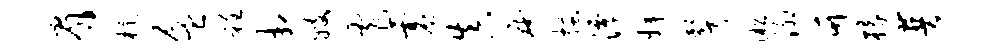
眉杭盆衽相嫂窄虚真庵搔潭婢声淞泖竹椽普